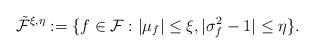
LaTeX: \begin{align*}\tilde{\mathcal{F}}^{\xi, \eta} &:= \{f \in \mathcal{F}:|\mu_f| \leq \xi,|\sigma_f^2-1| \leq \eta\}.\end{align*}